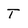
Character: T